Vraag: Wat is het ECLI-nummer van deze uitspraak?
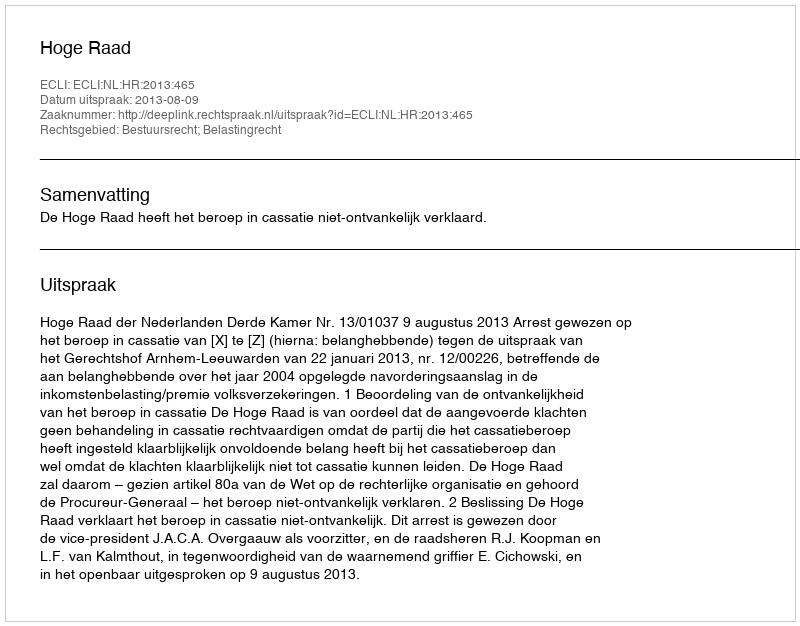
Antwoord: ECLI:NL:HR:2013:465